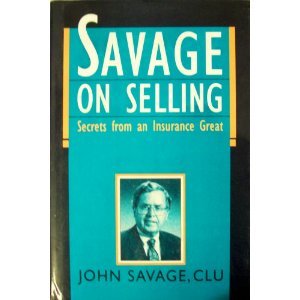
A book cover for Savage on Selling: Secrets from an Insurance Great; John Savage; Business & Money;